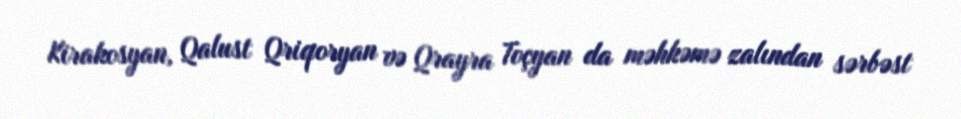
Kirakosyan, Qalust Qriqoryan və Qrayra Toçyan da məhkəmə zalından sərbəst